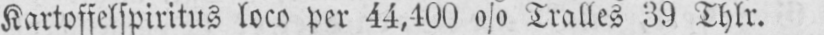
Kartoffelspiritus loco per 44,400% Tralles 39 Thlr.